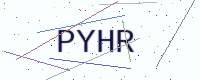
Text: PYHR